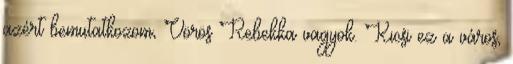
azért bemutatkozom, Vörös Rebekka vagyok. Kicsi ez a város,